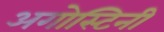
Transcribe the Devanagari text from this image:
अगोस्टिनी